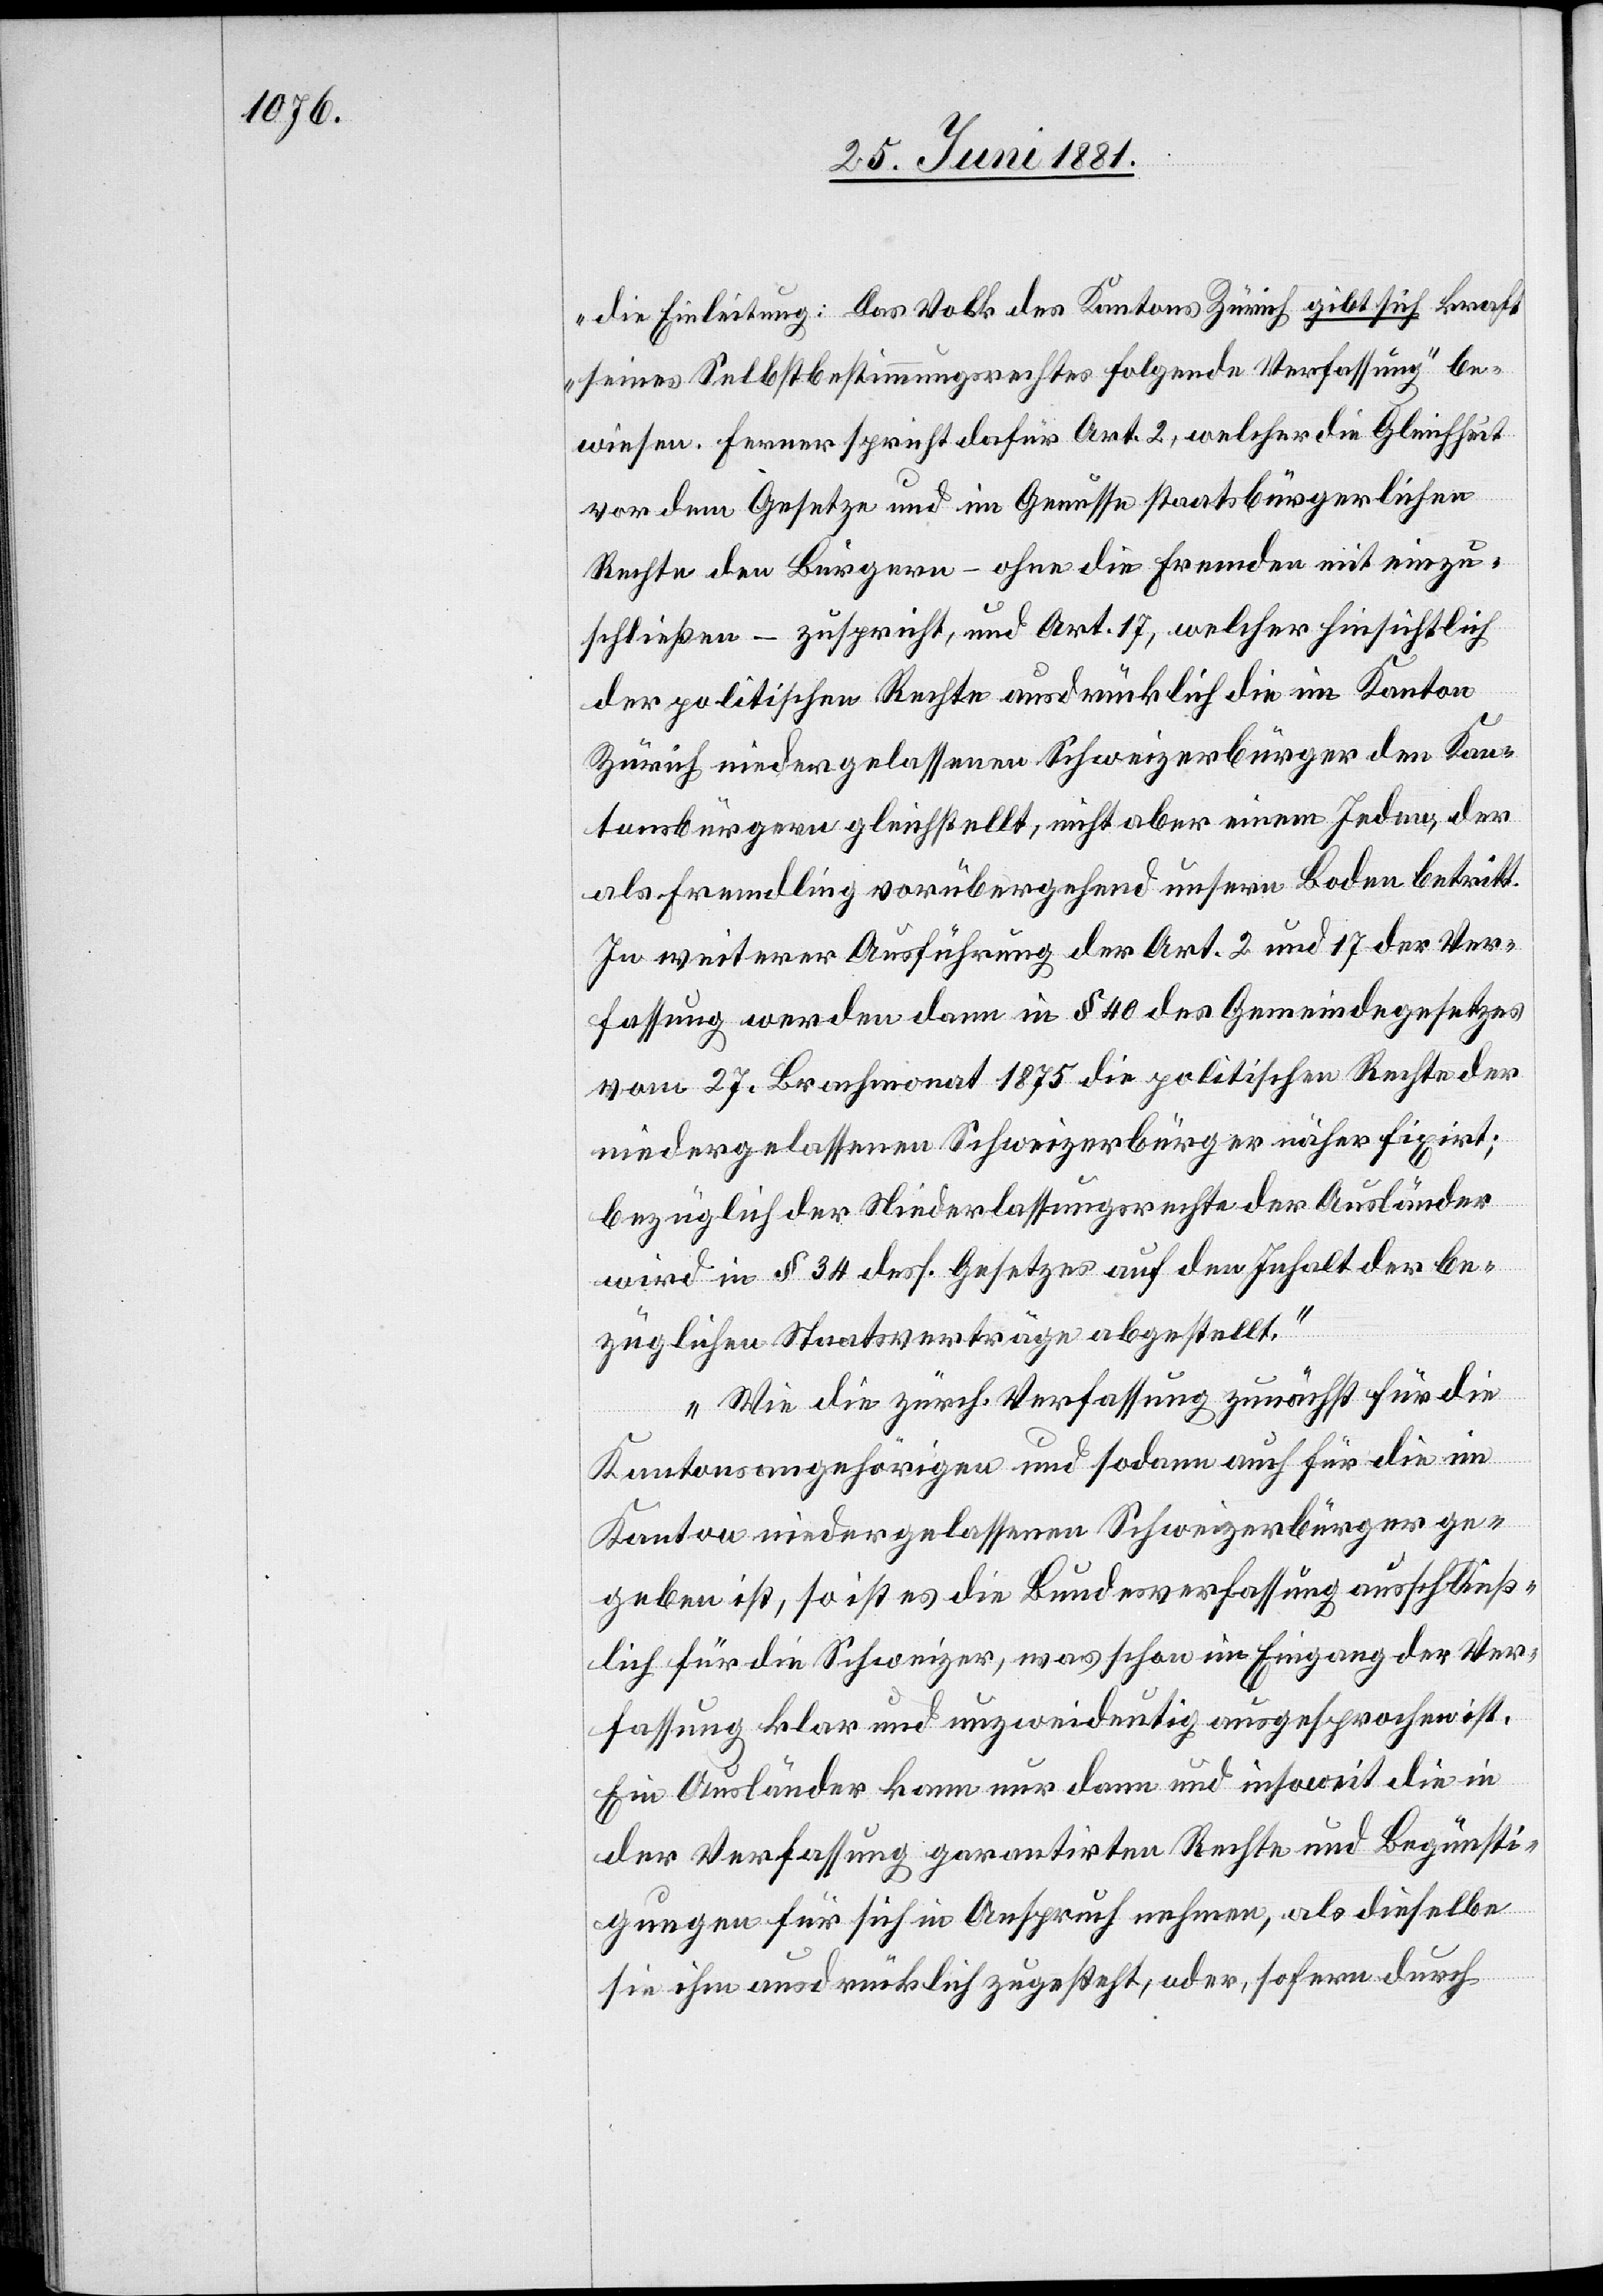
die Einleitung: Das Volk des Kantons Zürich gibt sich kraft
„seines Selbstbestimmungsrechtes folgende Verfassung“ be¬
wiesen. Ferner spricht dafür Art. 2, welcher die Gleichheit
vor dem Gesetze und im Genusse staatsbürgerlichen
Rechte den Bürgern – ohne die Fremden mit einzu¬
schließen – zuspricht, und Art. 17, welcher hinsichtlich
der politischen Rechte ausdrücklich die im Kanton
Zürich niedergelassenen Schweizerbürger den Kan¬
tonsbürgern gleichstellt, nicht aber einem Jeden, der
als Fremdling vorübergehend unsern Boden betritt.
In weiterer Ausführung der Art. 2 und 17 der Ver¬
fassung werden dann in § 40 des Gemeindegesetzes
vom 27. Brachmonat 1875 die politischen Rechte der
niedergelassenen Schweizerbürger näher fixirt;
bezüglich der Niederlassungsrechte der Ausländer
wird in § 34 dess. Gesetzes auf den Inhalt der be¬
züglichen Staatsverträge abgestellt.
Wie die zürch. Verfassung zunächst für die
Kantonsangehörigen und sodann auch für die im
Kanton niedergelassenen Schweizerbürger ge¬
geben ist, so ist es die Bundesverfassung ausschließ¬
lich für die Schweizer, was schon im Eingang der Ver¬
fassung klar und unzweideutig ausgesprochen ist.
Ein Ausländer kann nur dann und insoweit die in
der Verfassung garantirten Rechte und Begünsti¬
gungen für sich in Anspruch nehmen, als dieselbe
sie ihm ausdrücklich zugesteht, oder, sofern durch